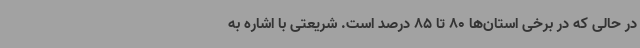
در حالی که در برخی استان‌ها 80 تا 85 درصد است. شریعتی با اشاره به